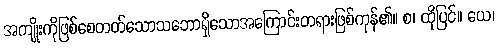
အကျိုးကိုဖြစ်စေတတ်သောသဘောရှိသောအကြောင်းတရားဖြစ်ကုန်၏။ စ၊ ထိုပြင်။ ယေ၊